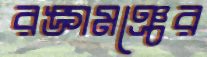
রঙ্গমঞ্চের